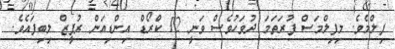
ފިލްމެވެ. މިފިލްމަސް ފުރަތަމަ ދުވަހުވެސް ވަނީ 12 ކްރޯޑް އިންޑިއަން ރުޕީޒް ލިބިފައެވެ.